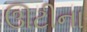
ઊટીના